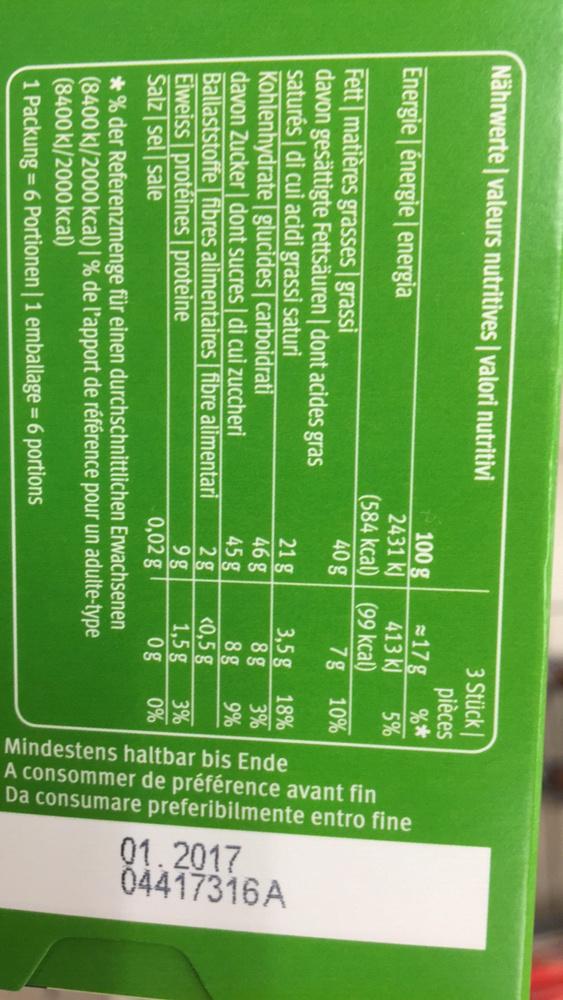
Nährwerte valeurs nutritives | valori nutritivi
Energie énergie | energia
Fett matières grasses grassi davon gesättigte Fettsäuren | dont acides gras saturés| di cui acidi grassi saturi Kohlenhydrate glucides | carboidrati davon Zucker| dont sucres | di cui zuccheri Ballaststoffe fibres alimentaires | fibre alimentari
Eiweiss protéines proteine Salz sel sale
100 g
2431 kJ
(584 kcal)
40 g
21 g
46 g
45 g
2g
9g
0,02 g
3 Stück pièces
%*
5%
17g
413 kJ
(99 kcal)
7g
3,5 g
8g
8g
<0,5 g
1,5 g
og
*% der Referenzmenge für einen durchschnittlichen Erwachsenen (8400 kJ/2000 kcal) | % de l'apport de référence pour un adulte-type (8400 kJ/2000 kcal)
1 Packung = 6 Portionen | 1 emballage = 6 portions
10%
18%
3%
9%
3%
0%
fin
haltbar bis Ende
A consommer de préférence avant
Da consumare preferibilmente entro fine
Mindestens
04417316A 01.2017